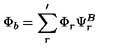
\Phi _ { b } = \sum _ { r } ^ { \prime } \Phi _ { r } \Psi _ { r } ^ { B }